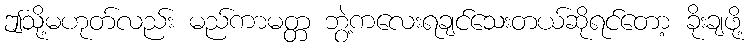
ဤသို့မဟုတ်လည်း မည်ကာမတ္တ ဘွဲ့ကလေးရချင်သေးတယ်ဆိုရင်တော့ ခိုးချဖို့